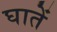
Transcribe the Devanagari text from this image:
घातें